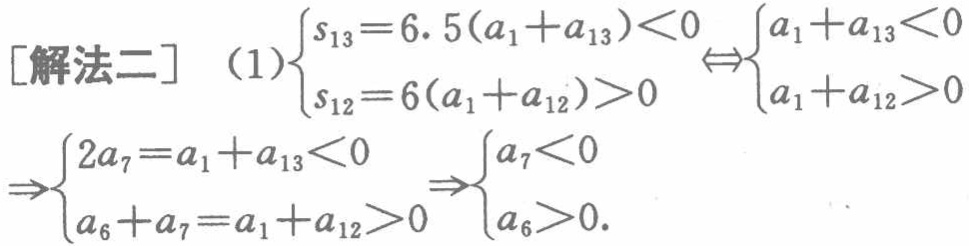
\[

\begin{align*}

[\text{解法二}]\quad(1)&\begin{cases}

s_{13}=6.5(a_{1}+a_{13})<0\\

s_{12}=6(a_{1}+a_{12})>0

\end{cases}\Leftrightarrow\begin{cases}

a_{1}+a_{13}<0\\

a_{1}+a_{12}>0

\end{cases}\\

&\Rightarrow\begin{cases}

2a_{7}=a_{1}+a_{13}<0\\

a_{6}+a_{7}=a_{1}+a_{12}>0

\end{cases}\Rightarrow\begin{cases}

a_{7}<0\\

a_{6}>0

\end{cases}.

\end{align*}

\]